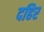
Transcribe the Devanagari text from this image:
दहिर